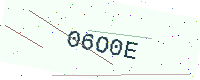
Text: 06O0E